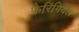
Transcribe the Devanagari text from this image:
फैरिंगियल